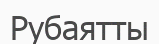
Рубаятты